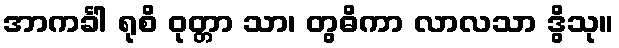
အာကင်္ခါ ရုစိ ဝုတ္တာ သာ၊ တွဓိကာ လာလသာ ဒွိသု။